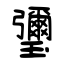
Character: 瓕